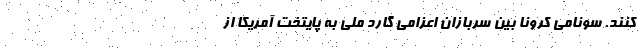
کنند. سونامی کرونا بین سربازان اعزامی گارد ملی به پایتخت آمریکا از